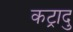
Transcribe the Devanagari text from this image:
कट्रादु